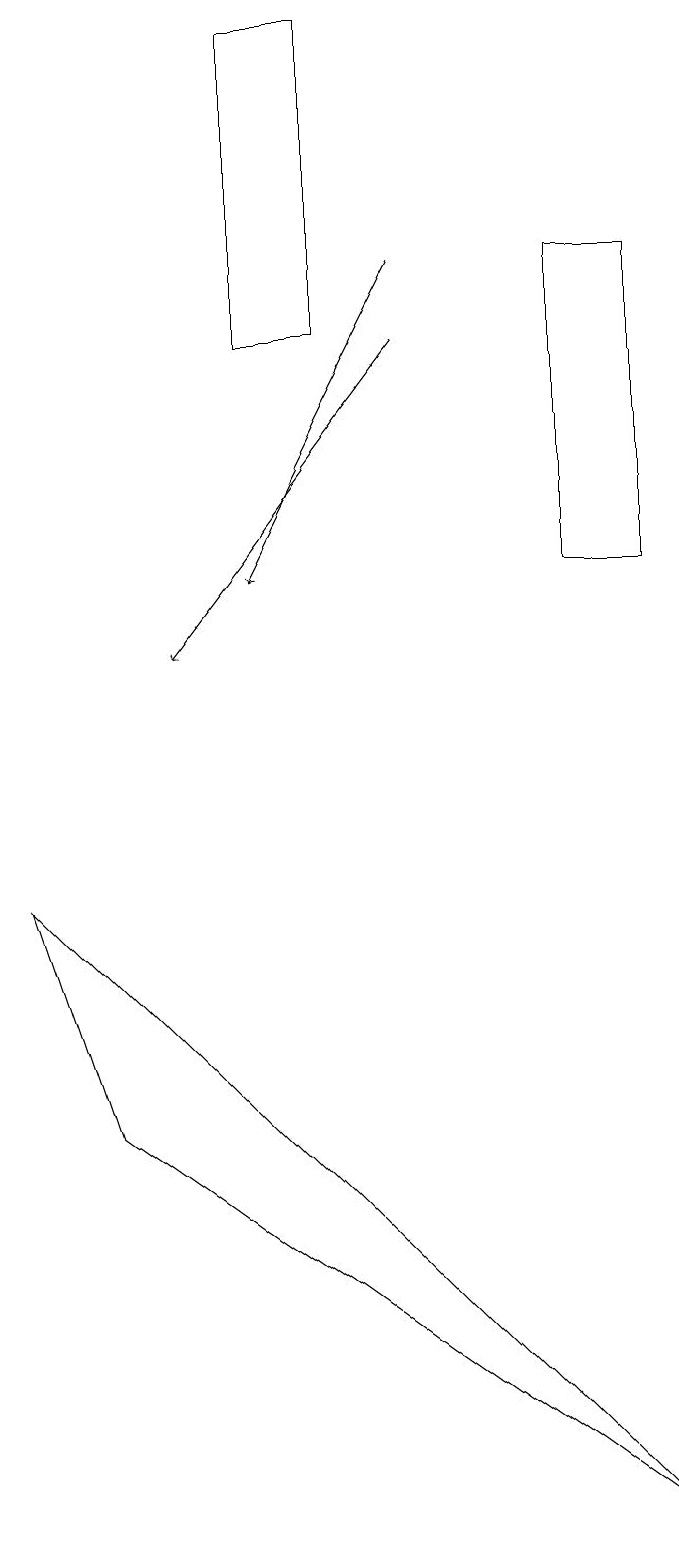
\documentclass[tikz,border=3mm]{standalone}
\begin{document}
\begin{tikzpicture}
\draw[->] (5,15) -- (2,11);
\draw (3,15) rectangle (4,19);
\draw (8,0) -- (0,8) -- (1,5) -- cycle;
\draw (8,16) rectangle (7,12);
\draw[->] (5,16) -- (3,12);
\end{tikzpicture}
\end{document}